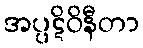
အပ္ပဋိဝိနီတာ